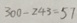
3 0 0 - 2 4 3 = 5 1